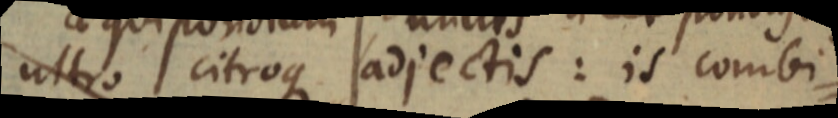
ultro citroque adjectis: is combi